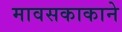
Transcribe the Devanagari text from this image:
मावसकाकाने